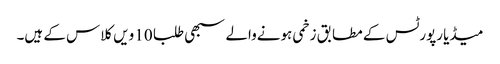
میڈیا رپورٹس کے مطابق زخمی ہونےوالے سبھی طلبا 10 ویں کلاس کے ہیں۔